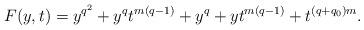
LaTeX: \begin{align*}F(y,t)= y^{q^2}+y^q t^{m(q-1)}+y^q+y t^{m(q-1)}+t^{(q+q_0)m}.\end{align*}